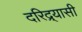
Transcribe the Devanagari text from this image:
दरिद्र्यासी